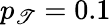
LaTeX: p_{\mathscr{T}}=0.1